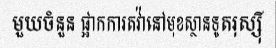
មួយចំនួន ផ្អាកការតវ៉ានៅមុខស្ថានទូតរុស្ស៊ី